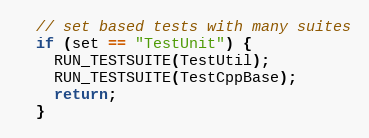
Language: C++
  // set based tests with many suites
  if (set == "TestUnit") {
    RUN_TESTSUITE(TestUtil);
    RUN_TESTSUITE(TestCppBase);
    return;
  }